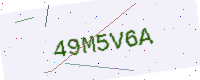
Text: 49M5V6A